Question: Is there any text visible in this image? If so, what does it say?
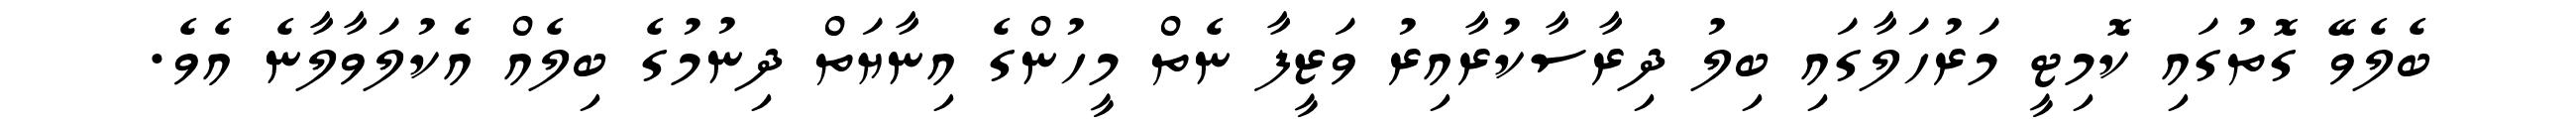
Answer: ބެލެވޭ ގޮތުގައި ކޮމިޓީ މަރުހަލާގައި ބިލު ދިރާސާކުރާއިރު ވަޒީފާ ނެތް މީހުންގެ އިނާޔަތް ދިނުމުގެ ބިލެއް އެކުލަވާލާނެ އެވެ.